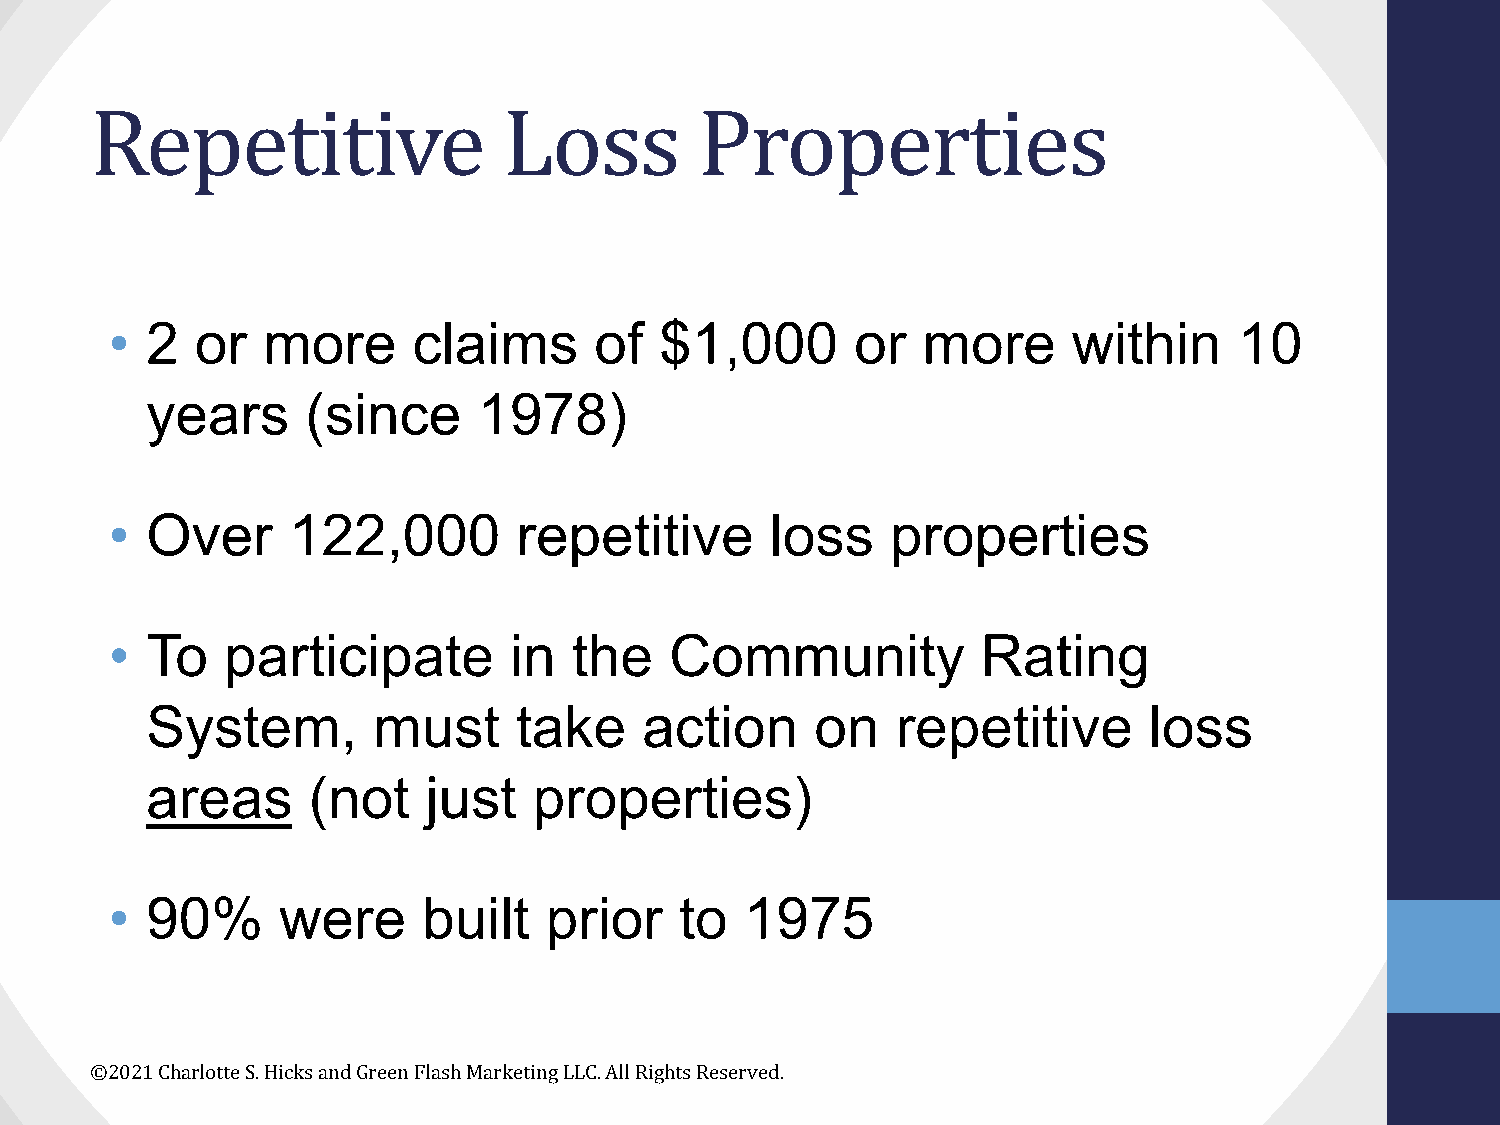
Repetitive                 Loss         Properties
 •  2  or  more      claims      of   $1,000       or  more      within     10
 years     (since      1978)
 •  Over     122,000        repetitive       loss    properties
 •  To   participate        in  the   Community            Rating
 System,        must     take     action     on   repetitive       loss
 areas     (not    just   properties)
 •  90%     were      built   prior    to  1975
 ©2021 Charlotte S. Hicks and Green Flash Marketing LLC. All Rights Reserved.